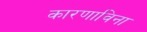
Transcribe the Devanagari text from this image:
कारणाविना